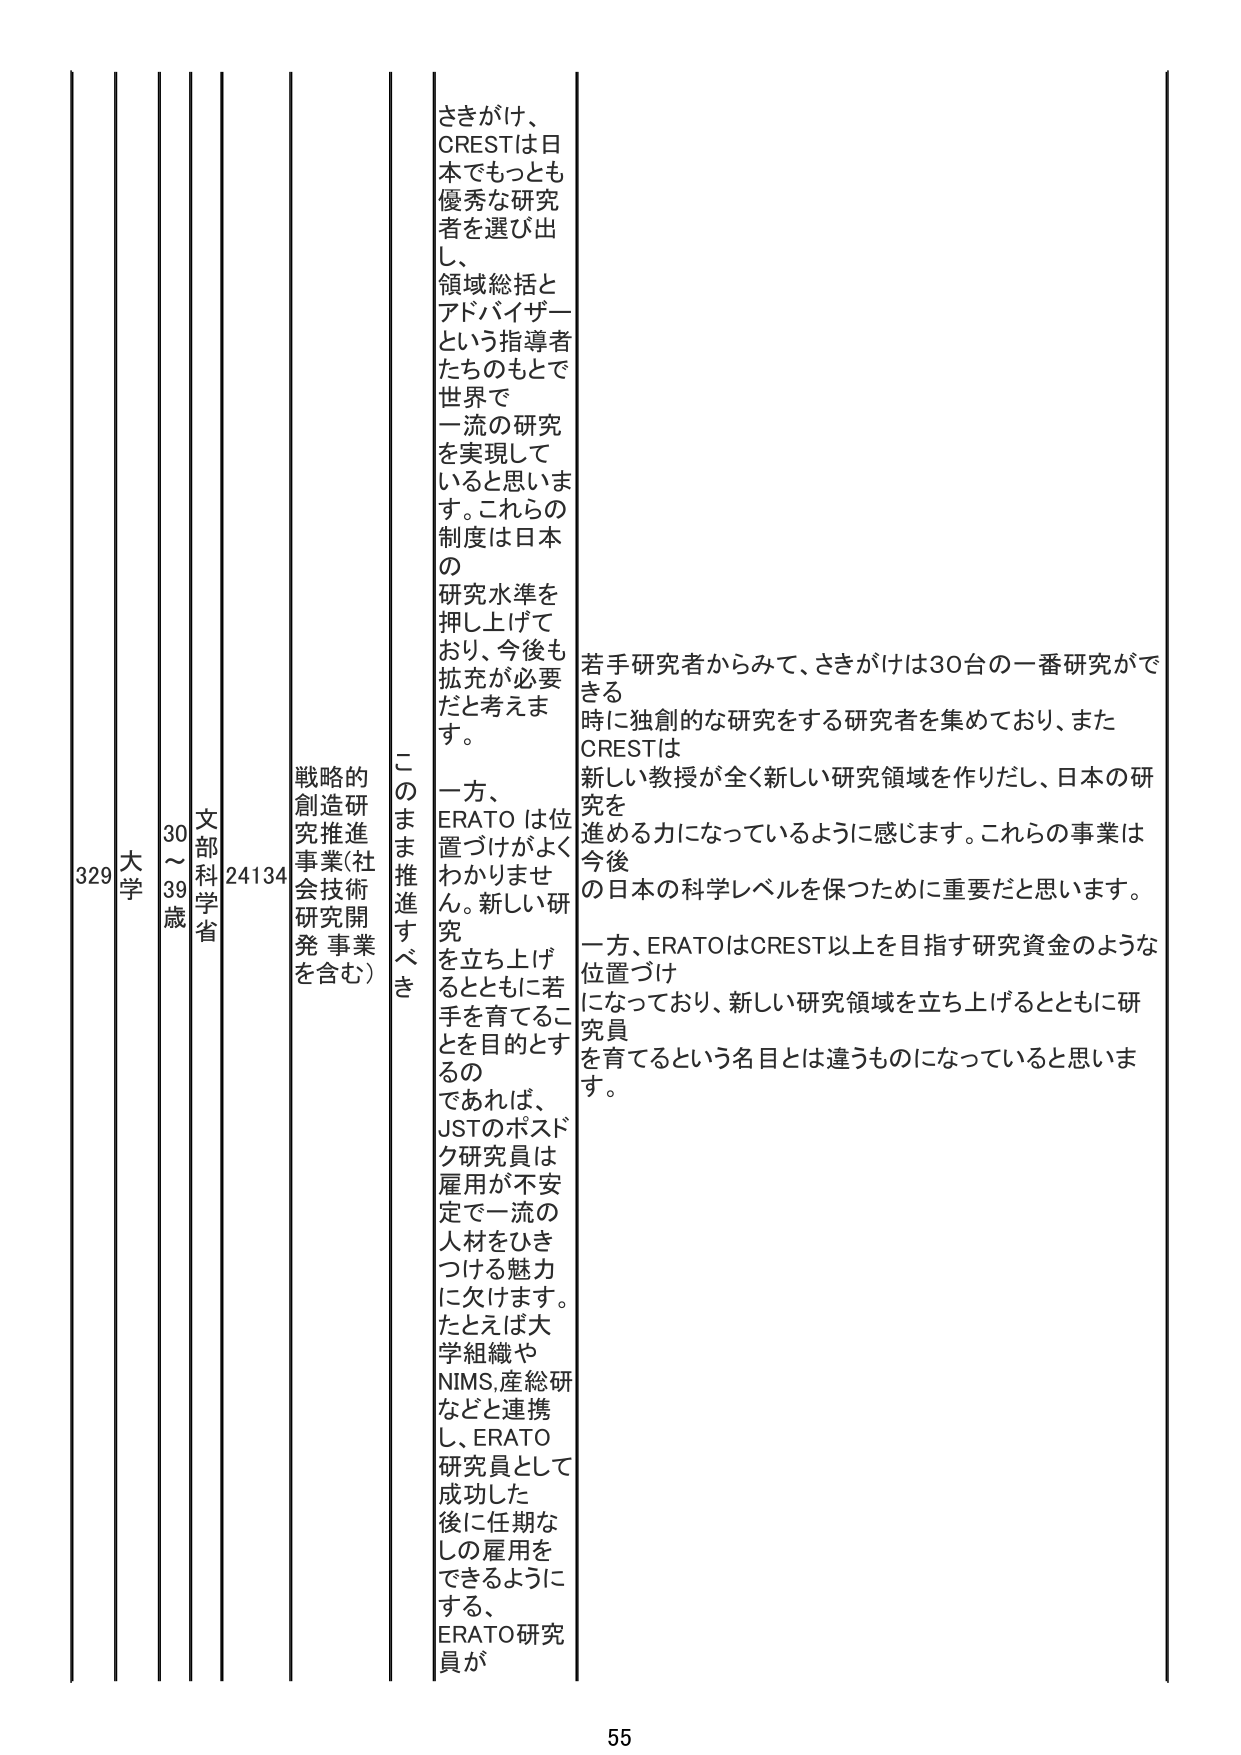
329 大学 30～39歳 文部科学省 24134 戦略的創造研究推進事業(社会技術研究開発事業を含む) このまま推進すべき さきがけ、CRESTは日本でもっとも優秀な研究者を選び出し、領域総括とアドバイザーという指導者たちのもとで世界で一流の研究を実現していると思います。これらの制度は日本の研究水準を押し上げており、今後も拡充が必要だと考えます。 一方、ERATOは位置づけがよくわかりません。新しい研究を立ち上げるとともに若手を育てることを目的とするのであれば、JSTのポスドク研究員は雇用が不安定で一流の人材をひきつける魅力に欠けます。たとえば大学組織やNIMS、産総研などと連携し、ERATO研究員として成功した後に任期なしの雇用をできるようにする、ERATO研究員が 若手研究者からみて、さきがけは30台の一番研究ができる時に独創的な研究をする研究者を集めており、またCRESTは新しい教授が全く新しい研究領域を作りだし、日本の研究を進める力になっているように感じます。これらの事業は今後の日本の科学レベルを保つために重要だと思います。 一方、ERATOはCREST以上を目指す研究資金のような位置づけになっており、新しい研究領域を立ち上げるとともに研究員を育てるという名目とは違うものになっていると思います。 55